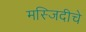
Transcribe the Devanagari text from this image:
मस्जिदीचे